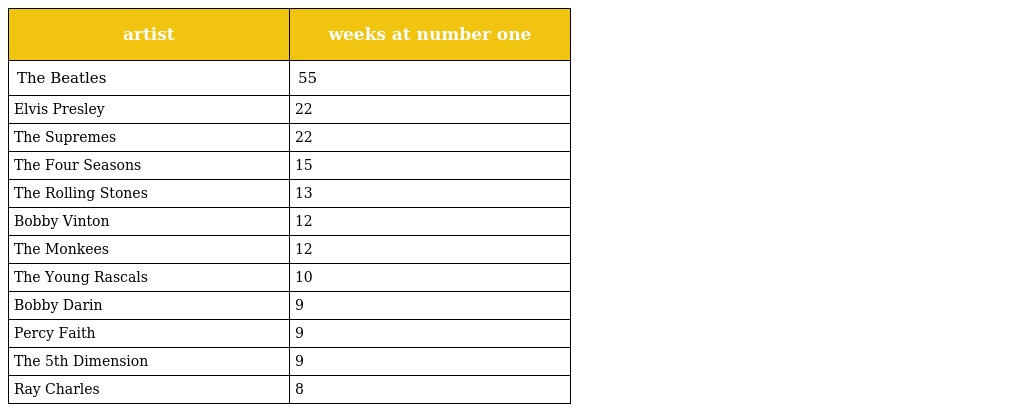
| artist | weeks at number one |
 | --- | --- |
 | The Beatles | 55 |
 | Elvis Presley | 22 |
 | The Supremes | 22 |
 | The Four Seasons | 15 |
 | The Rolling Stones | 13 |
 | Bobby Vinton | 12 |
 | The Monkees | 12 |
 | The Young Rascals | 10 |
 | Bobby Darin | 9 |
 | Percy Faith | 9 |
 | The 5th Dimension | 9 |
 | Ray Charles | 8 |